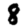
Digit: 8